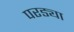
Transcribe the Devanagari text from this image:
परड्या